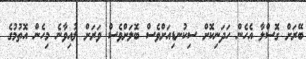
ބޭރަށް ގޮސްލާ އެހެން ހަދަނިކޮށް ސިކުނޑިއަށްވެސް ބޮލަށްވެސް ވަރަށް ލުއިވާނެ މިހެން އޮތުމުގެ